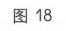
图 18